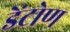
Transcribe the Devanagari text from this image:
डेंटोण